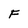
Character: F